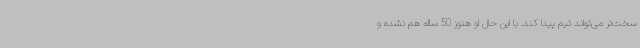
سخت‌تر می‌تواند تیم پیدا کند. با این حال او هنوز 50 ساله هم نشده و